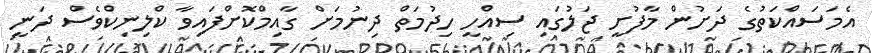
އެމަސައްކަތުގެ ދަށުން މާފުށީ ޖަލުގައި ސިއްހީ ހިދުމަތް ދިނުމަށް ގާއިމްކޮށްފައިވާ ކްލިނިކްވެސް ދަނީ